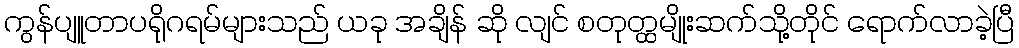
ကွန်ပျူတာပရိုဂရမ်များသည် ယခု အချိန် ဆို လျင် စတုတ္ထမျိုးဆက်သို့တိုင် ရောက်လာခဲ့ပြီ